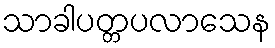
သာခါပတ္တပလာသေန